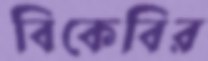
বিকেবির